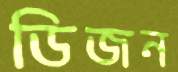
ডিজন